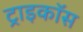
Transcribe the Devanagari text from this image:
ट्राइकॉस